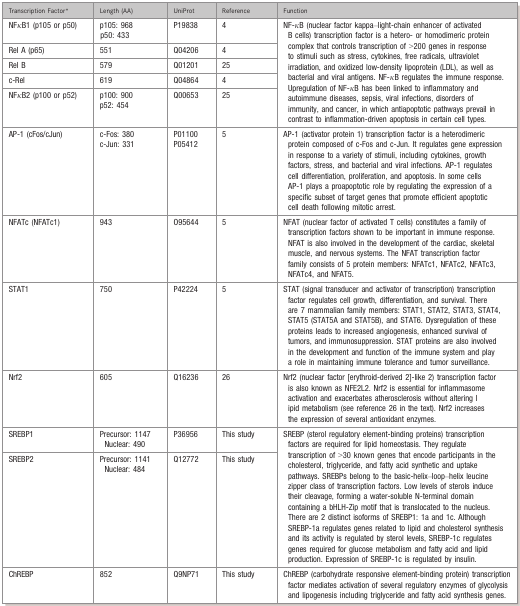
<table><thead><tr><td><b>Transcription Factor*</b></td><td><b>Length (AA)</b></td><td><b>UniProt</b></td><td><b>Reference</b></td><td><b>Function</b></td></tr></thead><tbody><tr><td>NFκB1 (p105 or p50)</td><td>p105: 968p50: 433</td><td>P19838</td><td><sup>4</sup></td><td rowspan="5">NF‐κB (nuclear factor kappa–light‐chain enhancer of activated B cells) transcription factor is a hetero‐ or homodimeric protein complex that controls transcription of &gt;200 genes in response to stimuli such as stress, cytokines, free radicals, ultraviolet irradiation, and oxidized low‐density lipoprotein (LDL), as well as bacterial and viral antigens. NF‐κB regulates the immune response. Upregulation of NF‐κB has been linked to inflammatory and autoimmune diseases, sepsis, viral infections, disorders of immunity, and cancer, in which antiapoptotic pathways prevail in contrast to inflammation‐driven apoptosis in certain cell types.</td></tr><tr><td>Rel A (p65)</td><td>551</td><td>Q04206</td><td><sup>4</sup></td></tr><tr><td>Rel B</td><td>579</td><td>Q01201</td><td><sup>25</sup></td></tr><tr><td>c‐Rel</td><td>619</td><td>Q04864</td><td><sup>4</sup></td></tr><tr><td>NFκB2 (p100 or p52)</td><td>p100: 900p52: 454</td><td>Q00653</td><td><sup>25</sup></td></tr><tr><td>AP‐1 (cFos/cJun)</td><td>c‐Fos: 380c‐Jun: 331</td><td>P01100P05412</td><td><sup>5</sup></td><td>AP‐1 (activator protein 1) transcription factor is a heterodimeric protein composed of c‐Fos and c‐Jun. It regulates gene expression in response to a variety of stimuli, including cytokines, growth factors, stress, and bacterial and viral infections. AP‐1 regulates cell differentiation, proliferation, and apoptosis. In some cells AP‐1 plays a proapoptotic role by regulating the expression of a specific subset of target genes that promote efficient apoptotic cell death following mitotic arrest.</td></tr><tr><td>NFATc (NFATc1)</td><td>943</td><td>O95644</td><td><sup>5</sup></td><td>NFAT (nuclear factor of activated T cells) constitutes a family of transcription factors shown to be important in immune response. NFAT is also involved in the development of the cardiac, skeletal muscle, and nervous systems. The NFAT transcription factor family consists of 5 protein members: NFATc1, NFATc2, NFATc3, NFATc4, and NFAT5.</td></tr><tr><td>STAT1</td><td>750</td><td>P42224</td><td><sup>5</sup></td><td>STAT (signal transducer and activator of transcription) transcription factor regulates cell growth, differentiation, and survival. There are 7 mammalian family members: STAT1, STAT2, STAT3, STAT4, STAT5 (STAT5A and STAT5B), and STAT6. Dysregulation of these proteins leads to increased angiogenesis, enhanced survival of tumors, and immunosuppression. STAT proteins are also involved in the development and function of the immune system and play a role in maintaining immune tolerance and tumor surveillance.</td></tr><tr><td>Nrf2</td><td>605</td><td>Q16236</td><td><sup>26</sup></td><td>Nrf2 (nuclear factor [erythroid‐derived 2]‐like 2) transcription factor is also known as NFE2L2. Nrf2 is essential for inflammasome activation and exacerbates atherosclerosis without altering lipid metabolism (see reference <sup>26</sup> in the text). Nrf2 increases the expression of several antioxidant enzymes.</td></tr><tr><td>SREBP1</td><td>Precursor: 1147Nuclear: 490</td><td>P36956</td><td>This study</td><td rowspan="2">SREBP (sterol regulatory element‐binding proteins) transcription factors are required for lipid homeostasis. They regulate transcription of &gt;30 known genes that encode participants in the cholesterol, triglyceride, and fatty acid synthetic and uptake pathways. SREBPs belong to the basic‐helix–loop–helix leucine zipper class of transcription factors. Low levels of sterols induce their cleavage, forming a water‐soluble N‐terminal domain containing a bHLH‐Zip motif that is translocated to the nucleus. There are 2 distinct isoforms of SREBP1: 1a and 1c. Although SREBP‐1a regulates genes related to lipid and cholesterol synthesis and its activity is regulated by sterol levels, SREBP‐1c regulates genes required for glucose metabolism and fatty acid and lipid production. Expression of SREBP‐1c is regulated by insulin.</td></tr><tr><td>SREBP2</td><td>Precursor: 1141Nuclear: 484</td><td>Q12772</td><td>This study</td></tr><tr><td>ChREBP</td><td>852</td><td>Q9NP71</td><td>This study</td><td>ChREBP (carbohydrate responsive element‐binding protein) transcription factor mediates activation of several regulatory enzymes of glycolysis and lipogenesis including triglyceride and fatty acid synthesis genes.</td></tr></tbody></table>